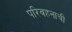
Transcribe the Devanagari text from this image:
परिवहनाची